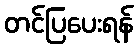
တင်ပြပေးရန်